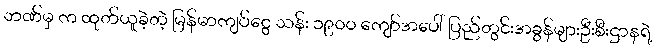
ဘဏ်မှ က ထုတ်ယူခဲ့တဲ့ မြန်မာကျပ်ငွေ သန်း ၁၉၀၀ ကျော်အပေါ် ပြည်တွင်းအခွန်များဦးစီးဌာနရဲ့